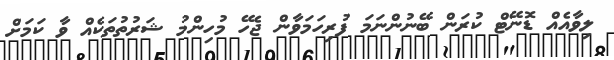
ލިވާއެއް ޑޮނޭޓް ކުރަން ބޭނުންނަމަ ފުރިހަމަވާން ޖެހޭ މުހިންމު ޝަރުތުތަކެއް ވާ ކަމަށް